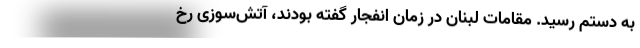
به دستم رسید. مقامات لبنان در زمان انفجار گفته بودند، آتش‌سوزی رخ